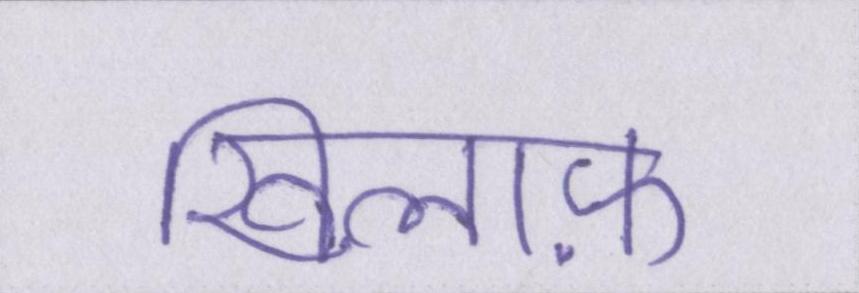
खिलाफ़